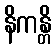
နိကန္တိ